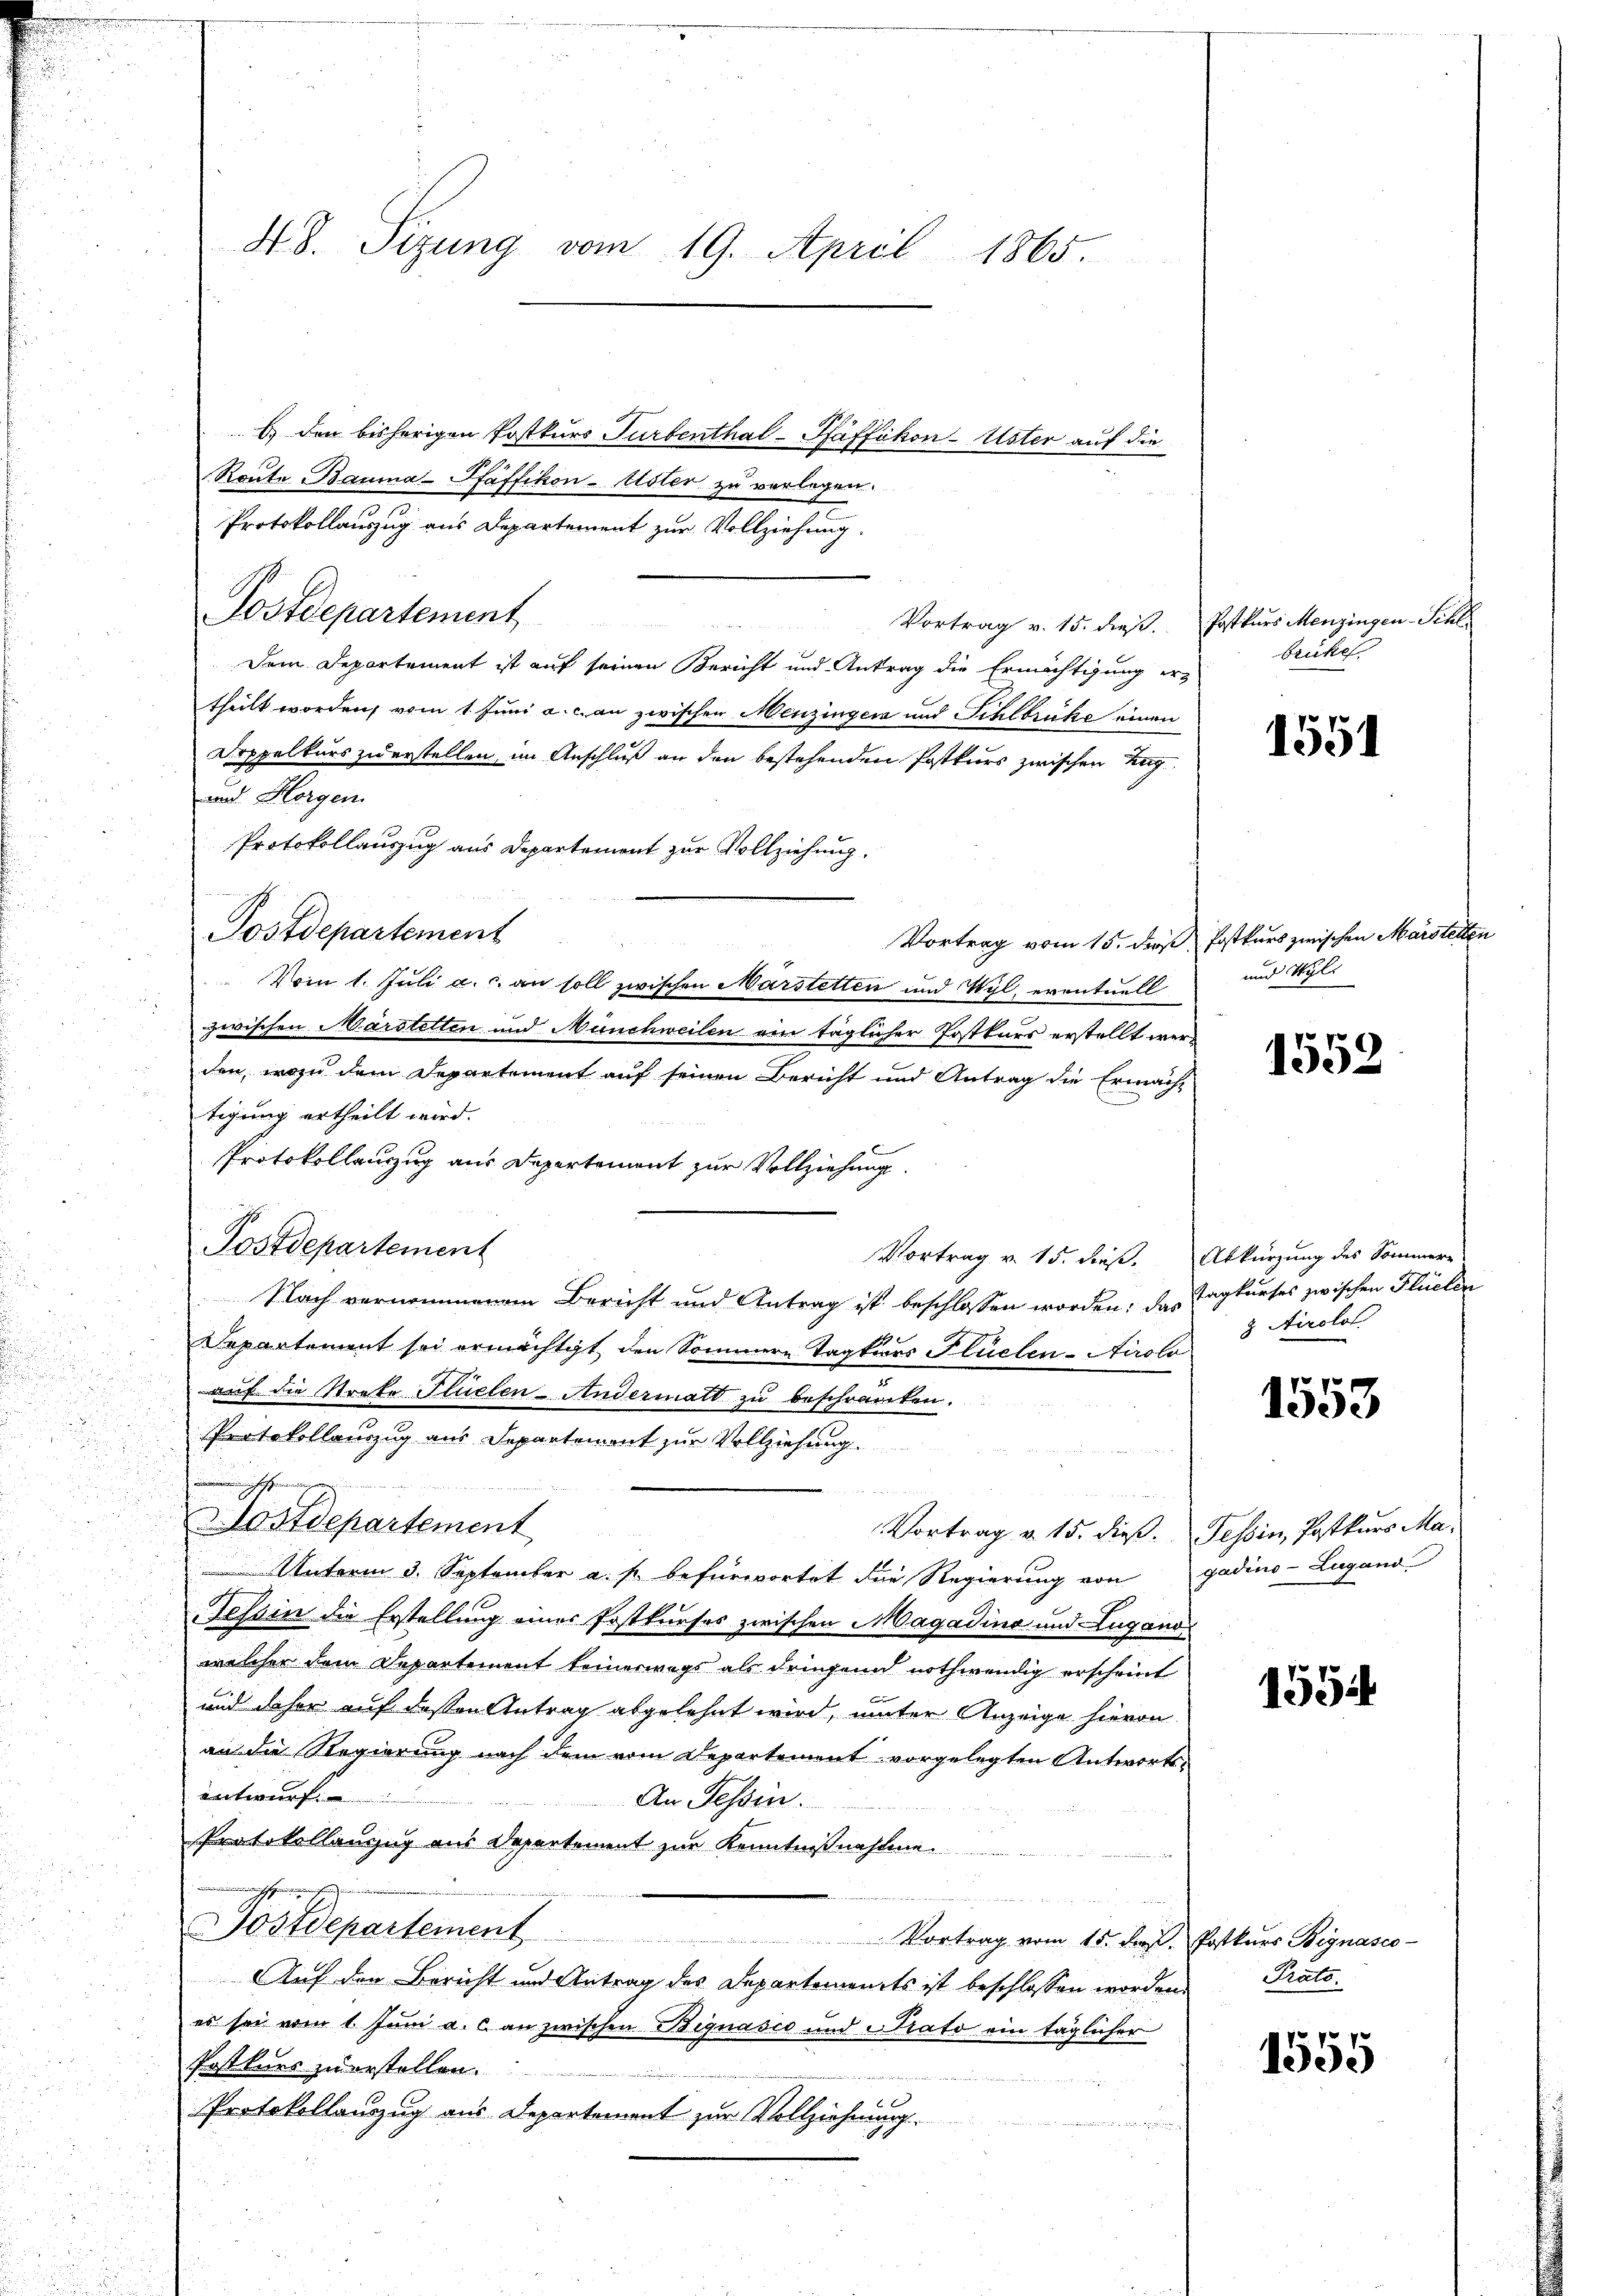
48. Sizung vom 19. April 1865.

) den bisherigen Postkurs Turbenthal-Pfäffikon-Uster auf die
Route Bauma-Pfaffikon-Uster zu verlegen.
Protokollauszug aus Departement zur Vollziehung.
Postdepartement Vortrag v. 15. dieß. Erstkurs Menzingen Schl
Dem Departement ist auf seinen Bericht und Antrag die Ermächtigung er-
theilt worden vom 1. Juni a. c. an zwischen Menzinger und Schlbrücke einen
Doppelkurs zuerstellen im Anschluß an den bestehenden Postkurs zwischen Tag
und Horgen
Protokollauszug aus Departement zur Vollziehung.
Postdepartement
Vortrag vom 15. der Postkurs zwischen Marstelte
Vom 1. Juli a. c. an soll zwischen Marstetten und Wyl, eventuell
zwischen Märstetten und Münchweilen ein täglicher Postkurs erstellt wer-
den, wozu dem Departement auf seinen Bericht und Antrag die Ermächt
tigung ertheilt wird.
Protokollanzzug aus Departement zur Vollziehung.
Postdepartement
Nach vernommenem Bericht und Antrag ist beschlossen worden, das Tagkurses zwischen Flüelen
49
Departement sei ermächtigt, den Sommern Tagkiers Flüelen- Airolo
auf die Strebe Flüelen-Andermatt zu beschränken.
Protokollauszug aus Departement zur Vollziehung
hischen

ostdepartement
Vortrag u. 15. dieß: Tessin, Postkurs Ma¬
Unterm 3. September a. s. befürwortet die Regierung von gadino-Lugand
Tessin die Erstellung einer Postkurses zwischen Magadina und Lugano
welcher dem Departement feinerwegs als dringend nothwendig erscheint
und daher auf dessen Antrag abgelehnt wird, unter Anzeige hievon
an die Regierung nach dem vom Departement vorgelegten Antwortsentwurf
An Tessin.
Protokollenzug aus Departement zur Kenntnißnahme.
Postdepartement
 Vortrag vom 15. d. Postkurs Bignasco-
Auf den Bericht und Antrag des Departements ist beschlossen worden.
es sei vom 1. Juni a. c. an zwischen Bignasco und Prato ein täglicher
Postkurs zuerstellen.
3
Protokollauszug aus Departement zur Vollziehung.
e

Vortrag v. 15. dieß. Abkürzung des Sommere

brüken.

und Wyli

1551

1552

z Airolot

1553

1554

Prato.

1555